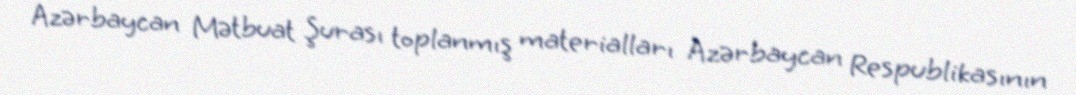
Azərbaycan Mətbuat Şurası toplanmış materialları Azərbaycan Respublikasının